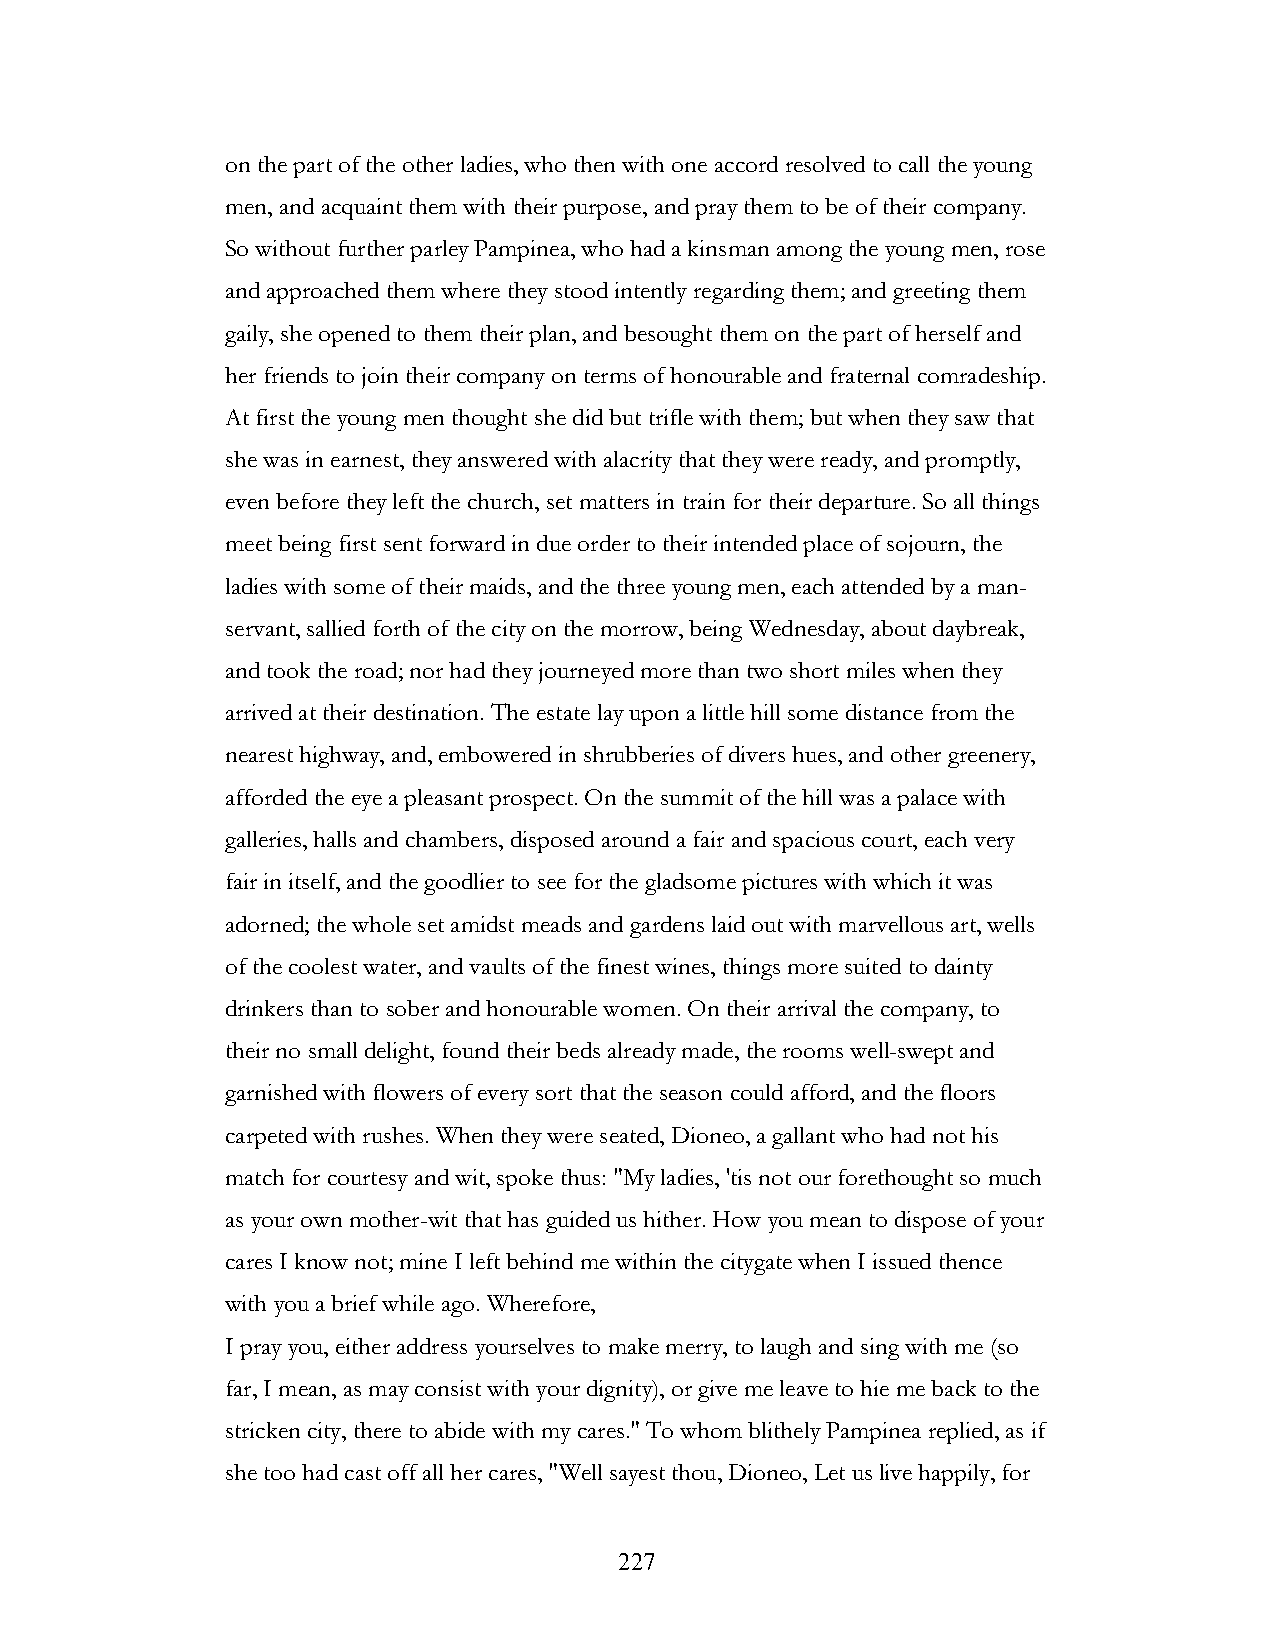
on the part of the other ladies, who then with one accord resolved to call the young
 men, and acquaint them with their purpose, and pray them to be of their company.
 So without further parley Pampinea, who had a kinsman among the young men, rose
 and approached them where they stood intently regarding them; and greeting them
 gaily, she opened to them their plan, and besought them on the part of herself and
 her friends to join their company on terms of honourable and fraternal comradeship.
 At first the young men thought she did but trifle with them; but when they saw that
 she was in earnest, they answered with alacrity that they were ready, and promptly,
 even before they left the church, set matters in train for their departure. So all things
 meet being first sent forward in due order to their intended place of sojourn, the
 ladies with some of their maids, and the three young men, each attended by a man-
 servant, sallied forth of the city on the morrow, being Wednesday, about daybreak,
 and took the road; nor had they journeyed more than two short miles when they
 arrived at their destination. The estate lay upon a little hill some distance from the
 nearest highway, and, embowered in shrubberies of divers hues, and other greenery,
 afforded the eye a pleasant prospect. On the summit of the hill was a palace with
 galleries, halls and chambers, disposed around a fair and spacious court, each very
 fair in itself, and the goodlier to see for the gladsome pictures with which it was
 adorned; the whole set amidst meads and gardens laid out with marvellous art, wells
 of the coolest water, and vaults of the finest wines, things more suited to dainty
 drinkers than to sober and honourable women. On their arrival the company, to
 their no small delight, found their beds already made, the rooms well-swept and
 garnished with flowers of every sort that the season could afford, and the floors
 carpeted with rushes. When they were seated, Dioneo, a gallant who had not his
 match for courtesy and wit, spoke thus: "My ladies, 'tis not our forethought so much
 as your own mother-wit that has guided us hither. How you mean to dispose of your
 cares I know not; mine I left behind me within the citygate when I issued thence
 with you a brief while ago. Wherefore,
 I pray you, either address yourselves to make merry, to laugh and sing with me (so
 far, I mean, as may consist with your dignity), or give me leave to hie me back to the
 stricken city, there to abide with my cares." To whom blithely Pampinea replied, as if
 she too had cast off all her cares, "Well sayest thou, Dioneo, Let us live happily, for
 !                         227